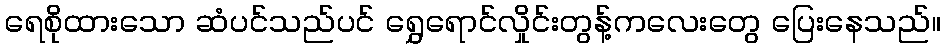
ရေစိုထားသော ဆံပင်သည်ပင် ရွှေရောင်လှိုင်းတွန့်ကလေးတွေ ပြေးနေသည်။